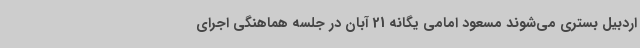
اردبیل بستری می‌شوند مسعود امامی یگانه 21 آبان در جلسه هماهنگی اجرای